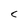
Character: c